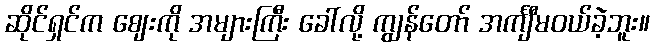
ဆိုင်ရှင်က ဈေးကို အများကြီး ခေါ်လို့ ကျွန်တော် အင်္ကျီမဝယ်ခဲ့ဘူး။